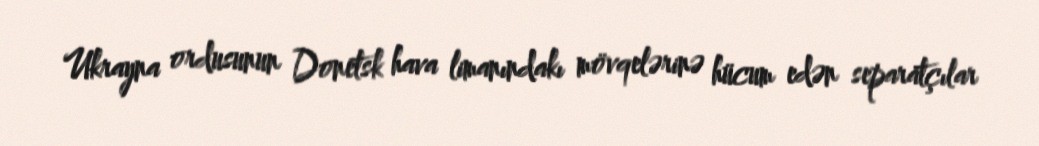
Ukrayna ordusunun Donetsk hava limanındakı mövqelərinə hücum edən separatçılar